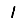
Digit: 1